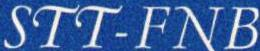
STT-FNB